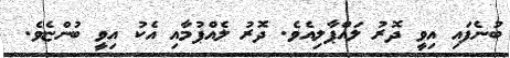
ބުނެފައި އިވީ ދޮރު ލައްޕާލިއެވެ. ދޮރު ލެއްޕުމާއި އެކު އިވީ ބުންޏެވެ.